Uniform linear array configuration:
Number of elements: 16
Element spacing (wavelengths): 0.25
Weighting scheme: blackman
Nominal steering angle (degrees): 60
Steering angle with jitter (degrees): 59.214
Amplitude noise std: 0.05
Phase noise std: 0.05

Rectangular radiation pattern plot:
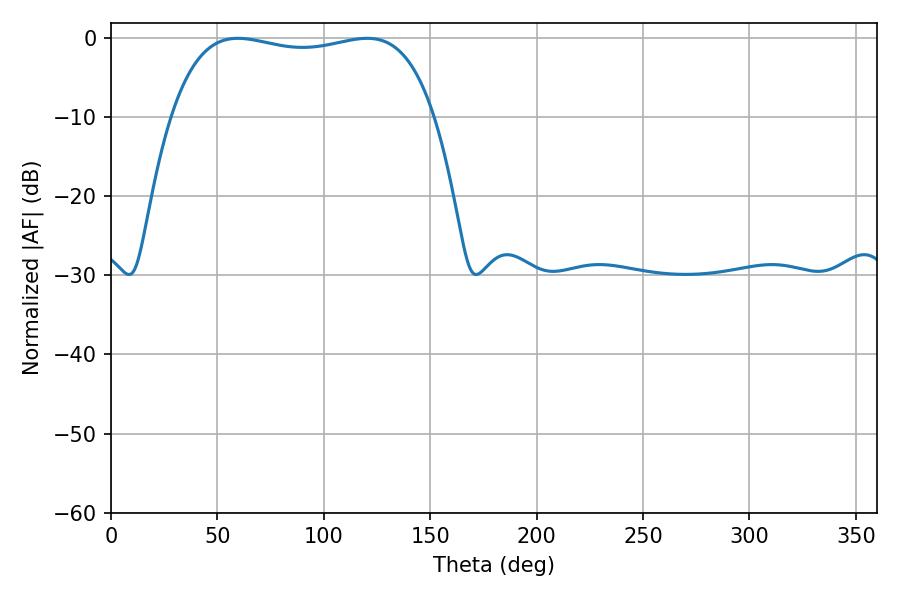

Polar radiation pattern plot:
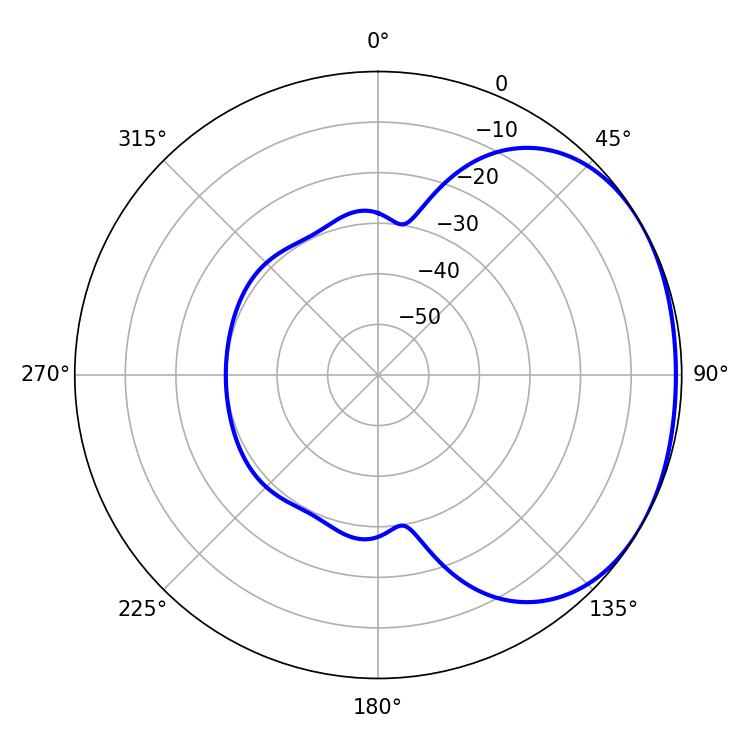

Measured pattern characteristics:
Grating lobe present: FALSE
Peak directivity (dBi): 1.588
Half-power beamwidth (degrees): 99.72
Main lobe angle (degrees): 59.58